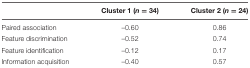
|  | Cluster 1 (n = 34) | Cluster 2 (n = 24) |
 | --- | --- | --- |
 | Paired association | –0.60 | 0.86 |
 | Feature discrimination | –0.52 | 0.74 |
 | Feature identification | –0.12 | 0.17 |
 | Information acquisition | –0.40 | 0.57 |